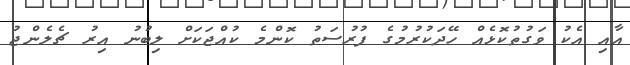
އާއި އެކު ވަގުތުކޮޅެއް ހޭދަކުރުމުގެ ފުރުސަތު ކޮންމެ ކުއްޖަކަށް ލިބުނު އިރު ޗެލެންޖު